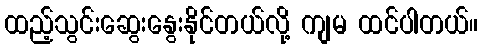
ထည့်သွင်းဆွေးနွေးနိုင်တယ်လို့ ကျမ ထင်ပါတယ်။